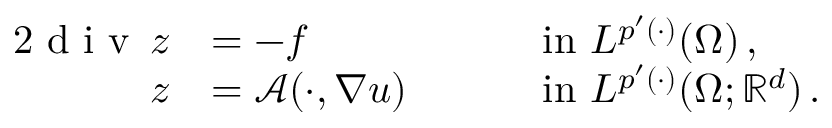
\begin{array} { r l r l } { { 2 } \textup { d i v } \, z } & { = - f } & & { \quad \mathrm { ~ i n ~ } L ^ { p ^ { \prime } ( \cdot ) } ( \Omega ) \, , } \\ { z } & { = \boldsymbol { \mathcal { A } } ( \cdot , \nabla u ) } & & { \quad \mathrm { ~ i n ~ } \smash { L ^ { p ^ { \prime } ( \cdot ) } ( \Omega ; \mathbb { R } ^ { d } ) } \, . } \end{array}